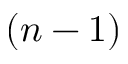
( n - 1 )